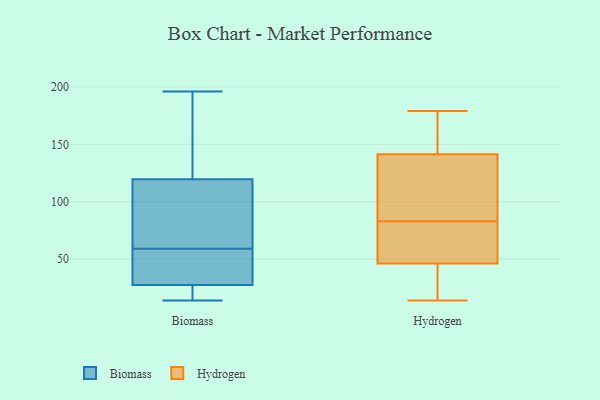
{"axis": {"x": "Gross Profit (USD K)", "y": "Value"}, "legend": ["Biomass", "Hydrogen"], "data": [{"x": "", "y": 59, "type": "Biomass"}, {"x": "", "y": 32, "type": "Biomass"}, {"x": "", "y": 26, "type": "Biomass"}, {"x": "", "y": 78, "type": "Biomass"}, {"x": "", "y": 152, "type": "Biomass"}, {"x": "", "y": 167, "type": "Biomass"}, {"x": "", "y": 23, "type": "Biomass"}, {"x": "", "y": 109, "type": "Biomass"}, {"x": "", "y": 58, "type": "Biomass"}, {"x": "", "y": 196, "type": "Biomass"}, {"x": "", "y": 18, "type": "Biomass"}, {"x": "", "y": 123, "type": "Biomass"}, {"x": "", "y": 80, "type": "Biomass"}, {"x": "", "y": 14, "type": "Biomass"}, {"x": "", "y": 48, "type": "Biomass"}, {"x": "", "y": 151, "type": "Hydrogen"}, {"x": "", "y": 103, "type": "Hydrogen"}, {"x": "", "y": 147, "type": "Hydrogen"}, {"x": "", "y": 151, "type": "Hydrogen"}, {"x": "", "y": 55, "type": "Hydrogen"}, {"x": "", "y": 83, "type": "Hydrogen"}, {"x": "", "y": 84, "type": "Hydrogen"}, {"x": "", "y": 61, "type": "Hydrogen"}, {"x": "", "y": 137, "type": "Hydrogen"}, {"x": "", "y": 23, "type": "Hydrogen"}, {"x": "", "y": 179, "type": "Hydrogen"}, {"x": "", "y": 143, "type": "Hydrogen"}, {"x": "", "y": 28, "type": "Hydrogen"}, {"x": "", "y": 63, "type": "Hydrogen"}, {"x": "", "y": 53, "type": "Hydrogen"}, {"x": "", "y": 14, "type": "Hydrogen"}, {"x": "", "y": 116, "type": "Hydrogen"}, {"x": "", "y": 31, "type": "Hydrogen"}, {"x": "", "y": 44, "type": "Hydrogen"}]}